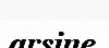
arsine